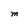
Character: M